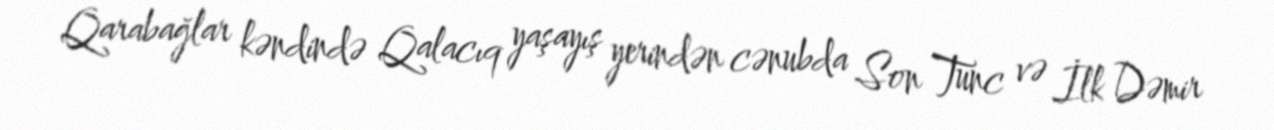
Qarabağlar kəndində Qalacıq yaşayış yerindən cənubda Son Tunc və İlk Dəmir